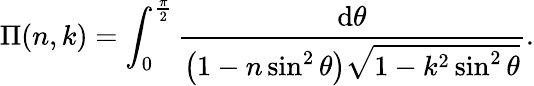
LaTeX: \Pi(n,k)=\int_{0}^{\frac{\pi}{2}}{\frac{\mathrm{d}\theta}{\left(1-n\sin^{2}\theta\right){\sqrt{1-k^{2}\sin^{2}\theta}}}}.